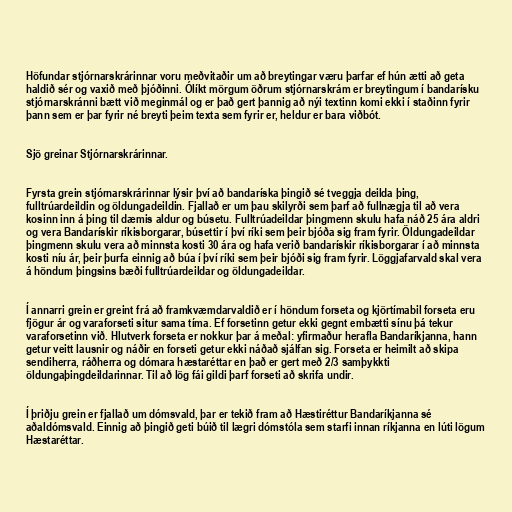
Höfundar stjórnarskrárinnar voru meðvitaðir um að breytingar væru þarfar ef hún ætti að geta
haldið sér og vaxið með þjóðinni. Ólíkt mörgum öðrum stjórnarskrám er breytingum í bandarísku
stjórnarskránni bætt við meginmál og er það gert þannig að nýi textinn komi ekki í staðinn fyrir
þann sem er þar fyrir né breyti þeim texta sem fyrir er, heldur er bara viðbót.

Sjö greinar Stjórnarskrárinnar.

Fyrsta grein stjórnarskrárinnar lýsir því að bandaríska þingið sé tveggja deilda þing,
fulltrúardeildin og öldungadeildin. Fjallað er um þau skilyrði sem þarf að fullnægja til að vera
kosinn inn á þing til dæmis aldur og búsetu. Fulltrúadeildar þingmenn skulu hafa náð 25 ára aldri
og vera Bandarískir ríkisborgarar, búsettir í því ríki sem þeir bjóða sig fram fyrir. Öldungadeildar
þingmenn skulu vera að minnsta kosti 30 ára og hafa verið bandarískir ríkisborgarar í að minnsta
kosti níu ár, þeir þurfa einnig að búa í því ríki sem þeir bjóði sig fram fyrir. Löggjafarvald skal vera
á höndum þingsins bæði fulltrúardeildar og öldungadeildar.

Í annarri grein er greint frá að framkvæmdarvaldið er í höndum forseta og kjörtímabil forseta eru
fjögur ár og varaforseti situr sama tíma. Ef forsetinn getur ekki gegnt embætti sínu þá tekur
varaforsetinn við. Hlutverk forseta er nokkur þar á meðal: yfirmaður herafla Bandaríkjanna, hann
getur veitt lausnir og náðir en forseti getur ekki náðað sjálfan sig. Forseta er heimilt að skipa
sendiherra, ráðherra og dómara hæstaréttar en það er gert með 2/3 samþykkti
öldungaþingdeildarinnar. Til að lög fái gildi þarf forseti að skrifa undir.

Í þriðju grein er fjallað um dómsvald, þar er tekið fram að Hæstiréttur Bandaríkjanna sé
aðaldómsvald. Einnig að þingið geti búið til lægri dómstóla sem starfi innan ríkjanna en lúti lögum
Hæstaréttar.